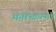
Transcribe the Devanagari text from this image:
मनोभावनाएं